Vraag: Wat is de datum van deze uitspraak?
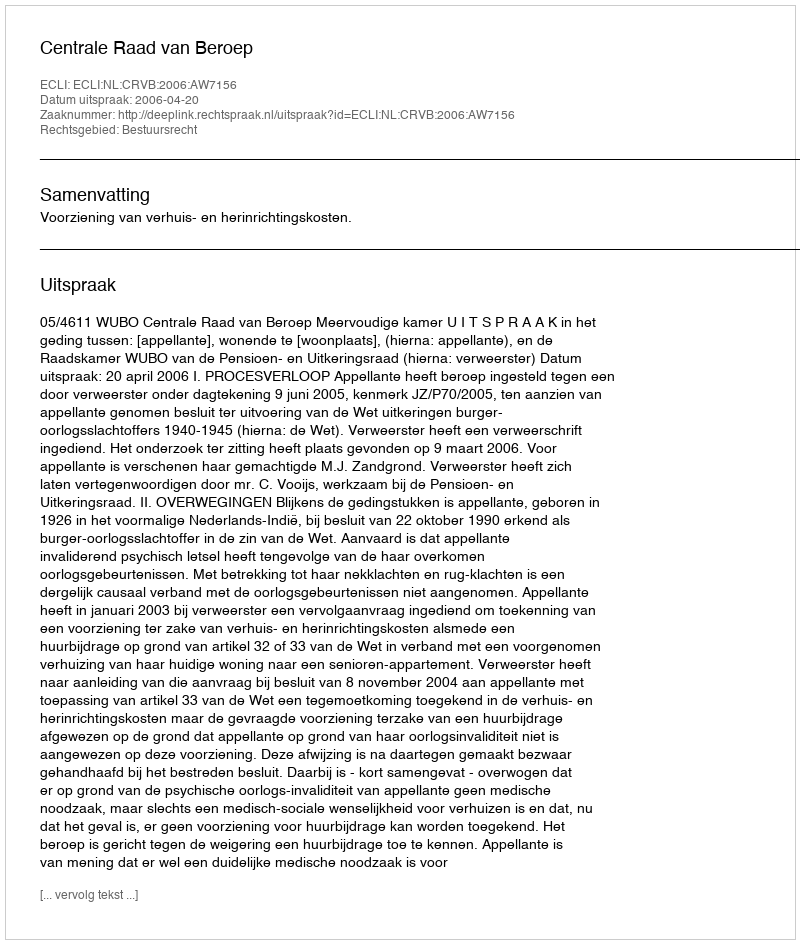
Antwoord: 2006-04-20